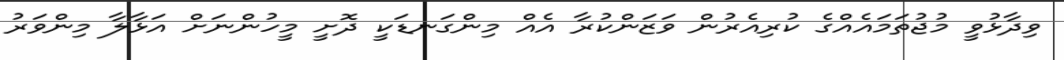
ވިދާޅުވީ މުޖުތަމައެއްގެ ކުރިއެރުން ވަޒަންކުރާ އެއް މިންގަނޑަކީ ދޮށީ މީހުންނަށް އަޅާލާ މިންވަރު